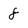
Character: 8